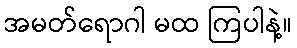
အမတ်ရောဂါ မထ ကြပါနဲ့။